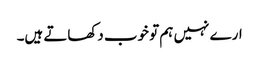
ارے نہیں ہم تو خوب دکھاتے ہیں۔